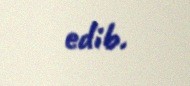
edib.